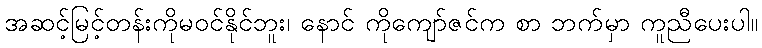
အဆင့်မြင့်တန်းကိုမဝင်နိုင်ဘူး၊ နောင် ကိုကျော်ဇင်က စာ ဘက်မှာ ကူညီပေးပါ။